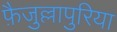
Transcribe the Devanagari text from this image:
फ़ैजुल्लापुरिया